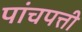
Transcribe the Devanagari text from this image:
पांचपत्ती